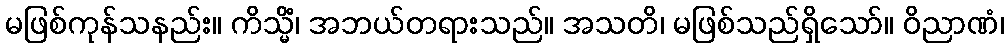
မဖြစ်ကုန်သနည်း။ ကိသ္မိံ၊ အဘယ်တရားသည်။ အသတိ၊ မဖြစ်သည်ရှိသော်။ ဝိညာဏံ၊